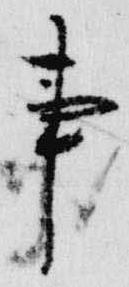
事